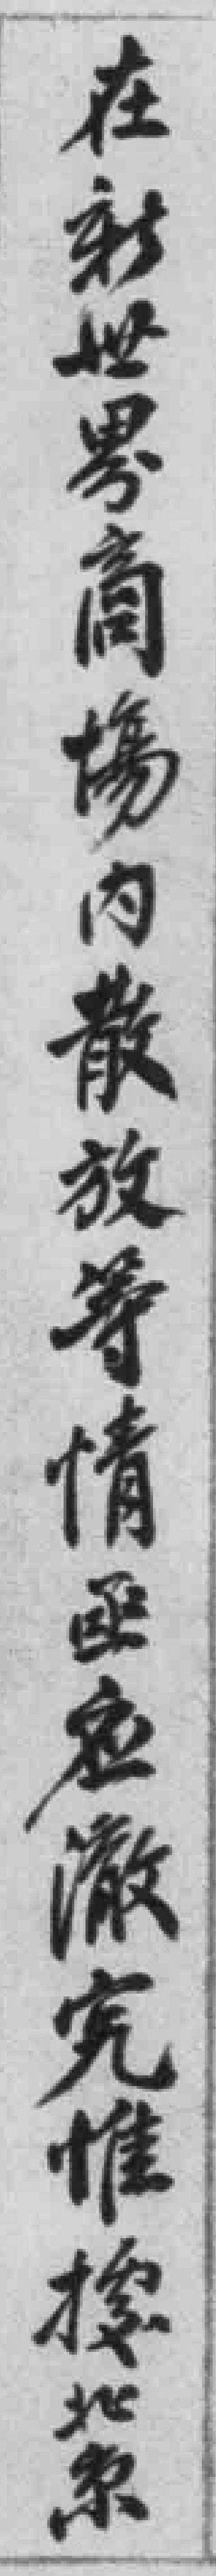
在新世界商場內散放等情函应澈究惟據北京